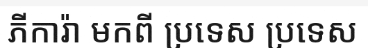
ភីការ៉ា មកពី ប្រទេស ប្រទេស